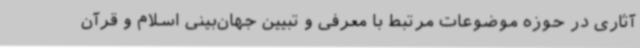
آثاری در حوزه موضوعات مرتبط با معرفی و تبیین جهان‌بینی اسلام و قرآن